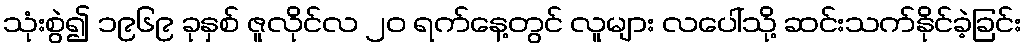
သုံးစွဲ၍ ၁၉၆၉ ခုနှစ် ဇူလိုင်လ ၂၀ ရက်နေ့တွင် လူများ လပေါ်သို့ ဆင်းသက်နိုင်ခဲ့ခြင်း